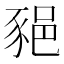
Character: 𨛛